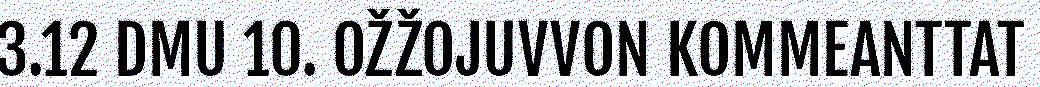
3.12 DMU 10. OŽŽOJUVVON KOMMEANTTAT